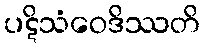
ပဋိသံဝေဒိဿတိ